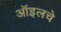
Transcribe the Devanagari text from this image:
ऑइलचे